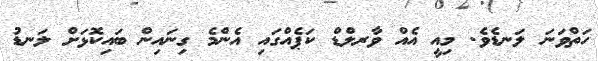
ހަތްވަނަ ލަނޑެވެ. މިއީ އެއް ވާރލްޑް ކަޕެއްގައި އެންމެ ގިނައިން ބައިކޮޅަށް ލަނޑު